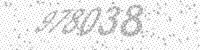
Solution: 978038